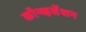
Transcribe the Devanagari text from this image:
कॉन्व्हर्सेशन